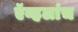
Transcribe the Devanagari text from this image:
ऍव्हलांच